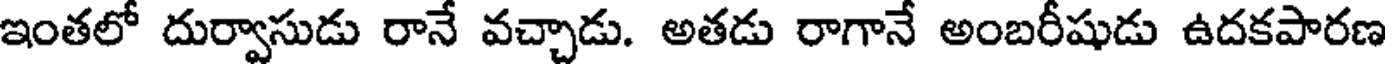
ఇంతలో దుర్వాసుడు రానే వచ్చాడు. అతడు రాగానే అంబరీషుడు ఉదకపారణ